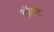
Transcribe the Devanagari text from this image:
कॉम्टै